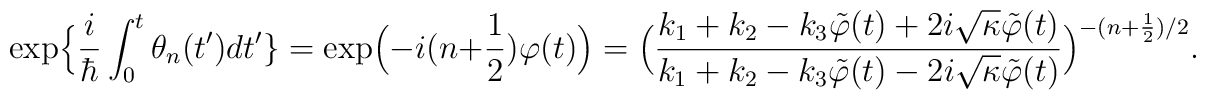
\exp\Bigl\{\frac{i}{\hbar}\int_{0}^{t} \theta_{n}(t^{\prime}) d t^{\prime}\bigr\}=\exp\Bigl(-i(n+\frac{1}{2})\varphi(t)\Bigr)=\Bigl(\frac{k_{1}+k_{2}-k_{3}\tilde{\varphi}(t)+2i\sqrt{\kappa}\tilde{\varphi}(t)}{k_{1}+k_{2}-k_{3}\tilde{\varphi}(t)-2i\sqrt{\kappa}\tilde{\varphi}(t)}\Bigr)^{- (n+\frac{1}{2})/2}.